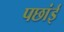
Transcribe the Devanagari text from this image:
पछांई